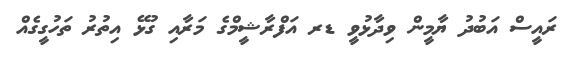
ރައީސް އަބުދު ޔާމީން ވިދާޅުވީ ޑރ އަފްރާޝީމްގެ މަރާއި ގުޅޭ އިތުރު ތަހުގީގެއް